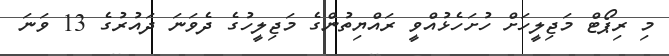
މި ރިޕޯޓް މަޖިލީހަށް ހުށަހެޅުއްވީ ރައްޔިތުންގެ މަޖިލީހުގެ ދެވަނަ ދައުރުގެ 13 ވަނަ